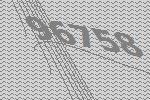
96758